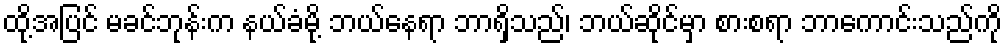
ထို့အပြင် မခင်ဘုန်းက နယ်ခံမို့ ဘယ်နေရာ ဘာရှိသည်၊ ဘယ်ဆိုင်မှာ စားစရာ ဘာကောင်းသည်ကို